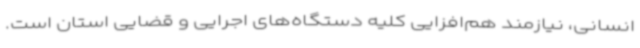
انسانی، نیازمند هم‌افزایی کلیه دستگاه‌های اجرایی و قضایی استان است.